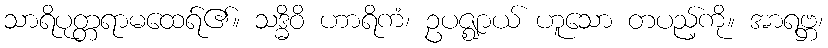
သာရိပုတ္တရာမထေရ်၏။ သဒ္ဓိဝိ ဟာရိကံ၊ ဥပဇ္ဈာယ် ဟူသော တပည့်ကို။ အာရဗ္ဘ၊